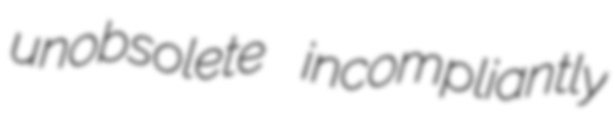
unobsolete incompliantly